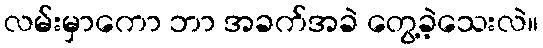
လမ်းမှာကော ဘာ အခက်အခဲ တွေ့ခဲ့သေးလဲ။